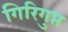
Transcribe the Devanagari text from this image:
गिरिगुप्त